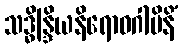
သဒ္ဓိန္ဒြိယနိရောဓဂါမိနိံ